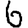
Digit: 6